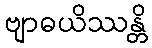
ဗျာဓယိဿန္တိ